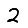
Digit: 2